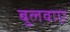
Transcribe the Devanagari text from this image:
बुलवाए